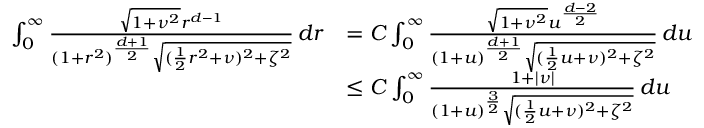
\begin{array} { r l } { \int _ { 0 } ^ { \infty } \frac { \sqrt { 1 + \nu ^ { 2 } } r ^ { d - 1 } } { ( 1 + r ^ { 2 } ) ^ { \frac { d + 1 } { 2 } } \sqrt { ( \frac { 1 } { 2 } r ^ { 2 } + \nu ) ^ { 2 } + \zeta ^ { 2 } } } \, d r } & { = C \int _ { 0 } ^ { \infty } \frac { \sqrt { 1 + \nu ^ { 2 } } u ^ { \frac { d - 2 } { 2 } } } { ( 1 + u ) ^ { \frac { d + 1 } { 2 } } \sqrt { ( \frac { 1 } { 2 } u + \nu ) ^ { 2 } + \zeta ^ { 2 } } } \, d u } \\ & { \leq C \int _ { 0 } ^ { \infty } \frac { 1 + | \nu | } { ( 1 + u ) ^ { \frac { 3 } { 2 } } \sqrt { ( \frac { 1 } { 2 } u + \nu ) ^ { 2 } + \zeta ^ { 2 } } } \, d u } \end{array}